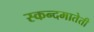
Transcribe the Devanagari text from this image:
स्कन्दमातेती